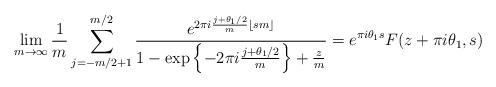
LaTeX: \begin{align*} \lim_{m \to \infty} \frac{1}{m} \sum_{ j = -m/2+1}^{m/2} \frac{ e^{ 2 \pi i \frac{ j + \theta_1/2}{m} \lfloor sm \rfloor } }{1 - \exp \left\{ - 2 \pi i \frac{ j + \theta_1/2}{m} \right\} + \frac{z}{m} } = e^{ \pi i \theta_1 s } F(z + \pi i \theta_1 , s)\end{align*}